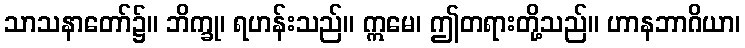
သာသနာတော်၌။ ဘိက္ခု၊ ရဟန်းသည်။ ဣမေ၊ ဤတရားတို့သည်။ ဟာနဘာဂိယာ၊